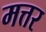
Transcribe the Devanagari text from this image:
मत्तर